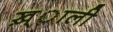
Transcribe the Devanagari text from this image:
ख़्ाली